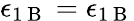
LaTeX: \epsilon_{1\mathrm{~B~}}=\epsilon_{1\mathrm{~B~}}